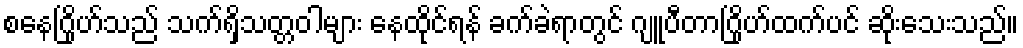
စနေဂြိုဟ်သည် သက်ရှိသတ္တဝါများ နေထိုင်ရန် ခက်ခဲရာတွင် ဂျူပီတာဂြိုဟ်ထက်ပင် ဆိုးသေးသည်။